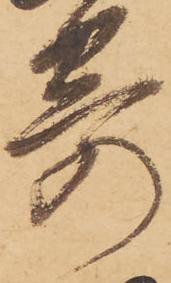
寄